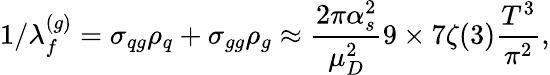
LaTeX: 1/\lambda_{f}^{(g)}=\sigma_{qg}\rho_{q}+\sigma_{gg}\rho_{g}\approx\frac{2\pi\alpha_{s}^{2}}{\mu_{D}^{2}}9\times 7\zeta(3)\frac{T^{3}}{\pi^{2}},